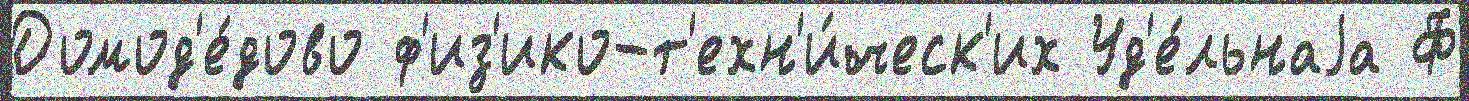
Домод'е́дово ф'из'ико-т'ехн'и́ческ'их Уд'е́льнаjа Ф